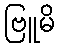
ဗြူမိ